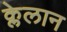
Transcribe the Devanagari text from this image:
क्लेलान